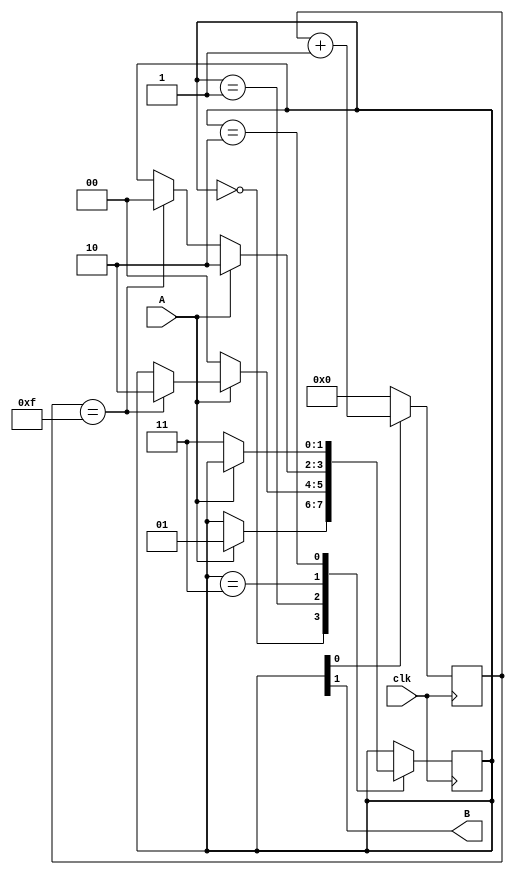
// This program was cloned from: https://github.com/cis5710/cis5710-homework
// License: MIT License

`timescale 1ns / 1ps
//////////////////////////////////////////////////////////////////////////////////
// Company: DigilentInc
// 
// Module Name: debouncer
// Project Name: OLED Demo
// Description: Debounces an input signal. When input transitions, only transition output if input is stable for COUNT_MAX clock cycles.
// 
// Revision:
// Revision 0.01 - File Created
// Additional Comments:
// 
//////////////////////////////////////////////////////////////////////////////////


module debouncer(
    input wire clk,
    input wire A,
    output wire B
);
    parameter COUNT_MAX   = 15, // number of clock cycles the input must be stable for before the output will transition.
			  COUNT_WIDTH = 4;  // ceil(log2(COUNT_MAX)) suggested, number of bits for the delay counter.
			  
    localparam Idle = 2'b00, // state encoded as bit1: output, bit0: count enable.
               Tran = 2'b01,
               Off  = 2'b00,
               On   = 2'b10;
	
    reg [1:0] state = Off|Idle; // initialize state to zero, if input initially one, may cause an unnecessary transition on startup.
	reg [COUNT_WIDTH-1:0] count;
			   
    assign B = state[1];
	
    always@(posedge clk)
        if (state[0] == 1'b0)
            count <= 0; // Only count during a transition state, Idle state should prepare count to begin transition.
        else
            count <= count + 1'b1;
			
    always@(posedge clk)
        case (state)
        Off|Idle:
            if (A == 1'b1)
                state <= Off|Tran; // Begin low to high transition.
        Off|Tran:
            if (A == 0)
                state <= Off|Idle; // Input has failed to stay high, return to Off and Idle.
            else if (count == COUNT_MAX)
                state <= On|Idle; // Timer has completed, turn output on.
        On|Tran:
            if (A == 1)
                state <= On|Idle; // Input has failed to stay off, return to On and Idle.
            else if (count == COUNT_MAX)
                state <= Off|Idle; // Timer has completed, turn output off.
        On|Idle:
            if (A == 0)
                state <= On|Tran; // Begin high to low transition.
        endcase
endmodule